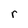
Character: r